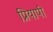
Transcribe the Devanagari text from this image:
प्रियापी